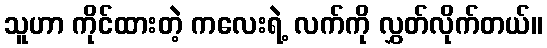
သူဟာ ကိုင်ထားတဲ့ ကလေးရဲ့ လက်ကို လွှတ်လိုက်တယ်။